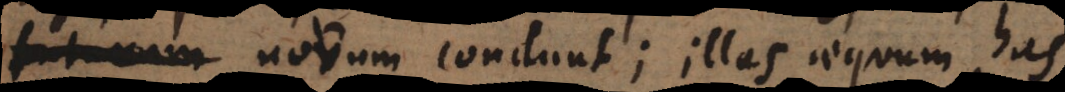
novum condunt; illas aequum, has